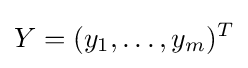
Y=(y_{1},\dots ,y_{m})^{T}